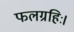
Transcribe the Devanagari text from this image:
फलग्रहिः।